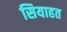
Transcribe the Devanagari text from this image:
सियाहत